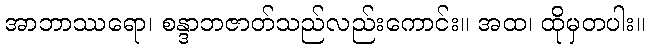
အာဘာဿရော၊ စန္ဒာဘဇာတ်သည်လည်းကောင်း။ အထ၊ ထိုမှတပါး။